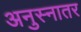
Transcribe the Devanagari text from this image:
अनुस्नातर